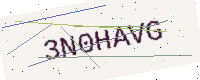
Text: 3N0HAVG